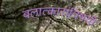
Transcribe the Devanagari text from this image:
बलात्कारांविषयी